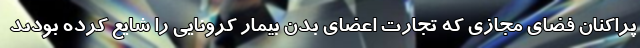
پراکنان فضای مجازی که تجارت اعضای بدن بیمار کرونایی را شایع کرده بودند